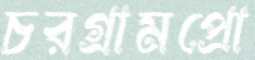
চরগ্রামপ্রো